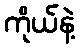
ကိုယ်နဲ့